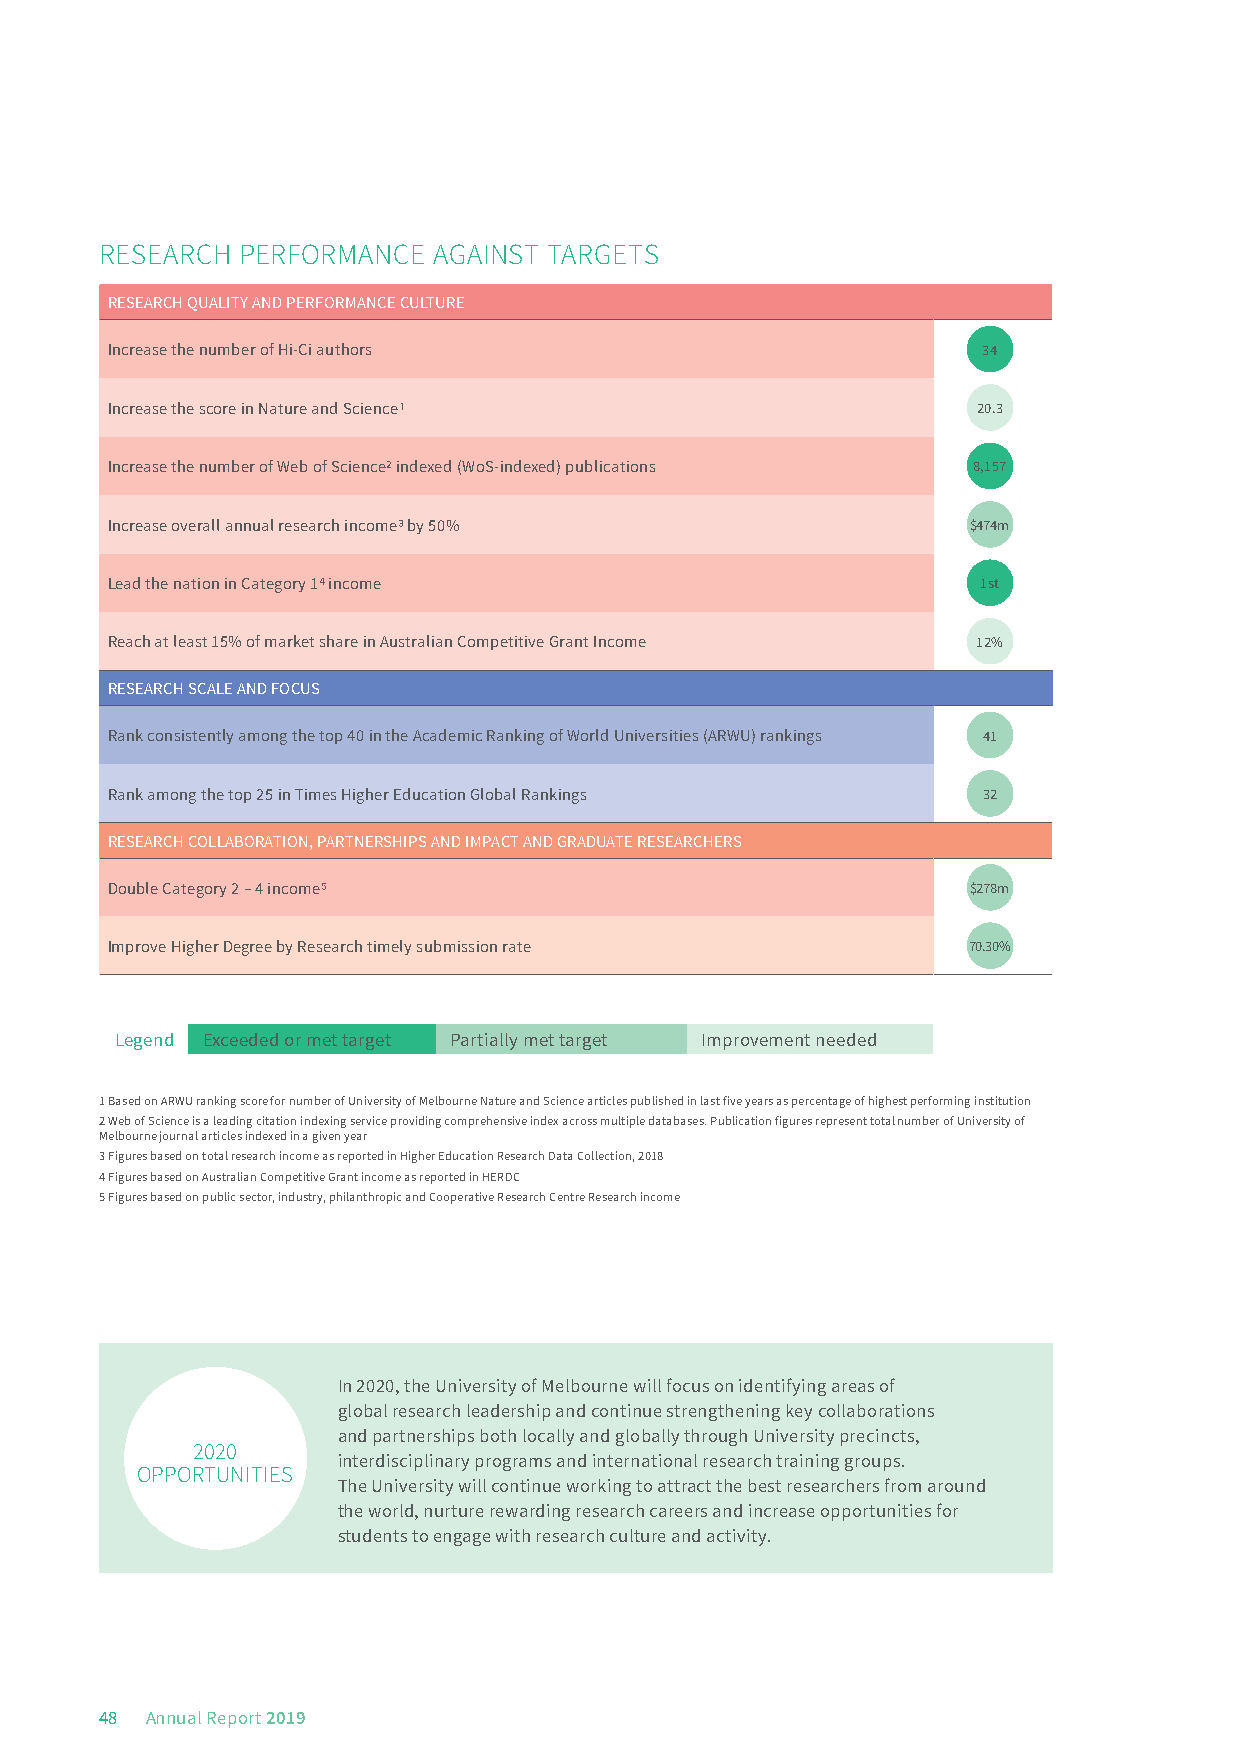
RESEARCH PERFORMANCE  AGAINST TARGETS
 RESEARCH QUALITY AND PERFORMANCE CULTURE
 Increase the number of Hi-Ci authors                      34
 Increase the score in Nature and Science1                 20.3
 Increase the number of Web of Science2 indexed (WoS-indexed) publications 8,157
 Increase overall annual research income3 by 50%          $474m
 Lead the nation in Category 14 income                     1st
 Reach at least 15% of market share in Australian Competitive Grant Income 12%
 RESEARCH SCALE AND FOCUS
 Rank consistently among the top 40 in the Academic Ranking of World Universities (ARWU) rankings 41
 Rank among the top 25 in Times Higher Education Global Rankings 32
 RESEARCH COLLABORATION, PARTNERSHIPS AND IMPACT AND GRADUATE RESEARCHERS
 Double Category 2 – 4 income5                            $278m
 Improve Higher Degree by Research timely submission rate 70.30%
 Legend Exceeded or met target Partially met target Improvement needed
 1 Based on ARWU ranking score for number of University of Melbourne Nature and Science articles published in last five years as percentage of highest performing institution
 2 Web of Science is a leading citation indexing service providing comprehensive index across multiple databases. Publication figures represent total number of University of
 Melbourne journal articles indexed in a given year
 3 Figures based on total research income as reported in Higher Education Research Data Collection, 2018
 4 Figures based on Australian Competitive Grant income as reported in HERDC
 5 Figures based on public sector, industry, philanthropic and Cooperative Research Centre Research income
 In 2020, the University of Melbourne will focus on identifying areas of
 global research leadership and continue strengthening key collaborations
 and partnerships both locally and globally through University precincts,
 20 20
 interdisciplinary programs and international research training groups.
 OPPORTUNITIES
 The University will continue working to attract the best researchers from around
 the world, nurture rewarding research careers and increase opportunities for
 students to engage with research culture and activity.
 48 Annual Report 2019